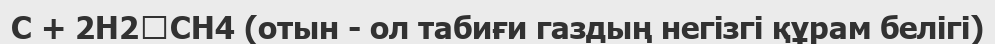
С + 2Н2→СН4 (отын - ол табиғи газдың негізгі құрам белігі)